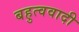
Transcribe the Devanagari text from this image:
बहुत्ववादी